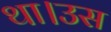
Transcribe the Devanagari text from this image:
था।उस